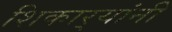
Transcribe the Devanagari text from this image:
शिकार्‍यांनी